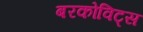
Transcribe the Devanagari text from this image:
बरकोविट्स